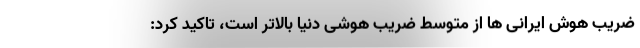
ضریب هوش ایرانی ها از متوسط ضریب هوشی دنیا بالاتر است، تاکید کرد: